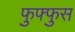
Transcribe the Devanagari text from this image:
फुफ्‍फुस